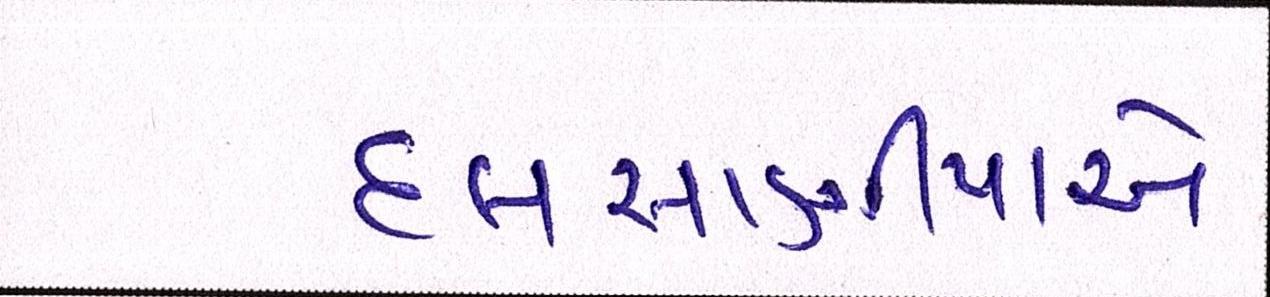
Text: દલસાણીયાએ